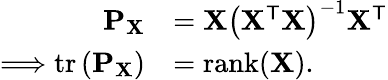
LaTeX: {\begin{array}{rl}{\mathbf{P}_{\mathbf{X}}}&{=\mathbf{X}\left(\mathbf{X}^{\mathsf{T}}\mathbf{X}\right)^{-1}\mathbf{X}^{\mathsf{T}}}\\ {\Longrightarrow\operatorname{tr}\left(\mathbf{P}_{\mathbf{X}}\right)}&{=\operatorname{rank}(\mathbf{X}).}\end{array}}